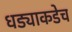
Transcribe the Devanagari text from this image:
धड्याकडेच